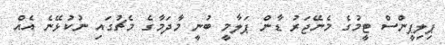
ޕިލިޕީންސް ޓީމުގެ މެނޭޖަރު ޑާން ޕަލާމީ ބުނީ މާދަމާގެ މެޗުގައި ނުކުޅޭނެ އެއް